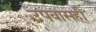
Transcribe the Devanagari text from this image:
उपवासही